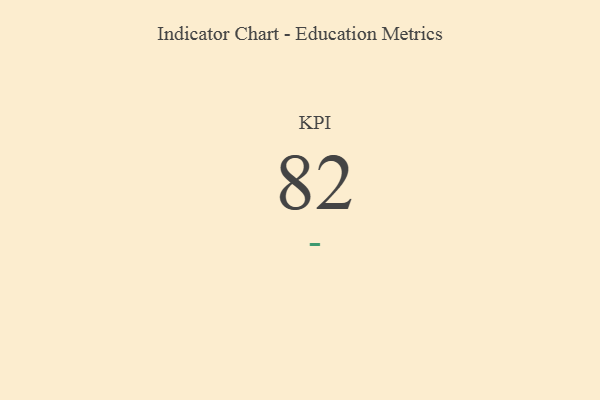
{"axis": {"x": "KPI", "y": "Value"}, "legend": [""], "data": [{"x": "KPI", "y": 82, "type": ""}]}